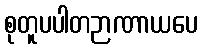
စုတူပပါတဉာဏာယပေ